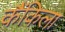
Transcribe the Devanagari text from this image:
कैंकिला